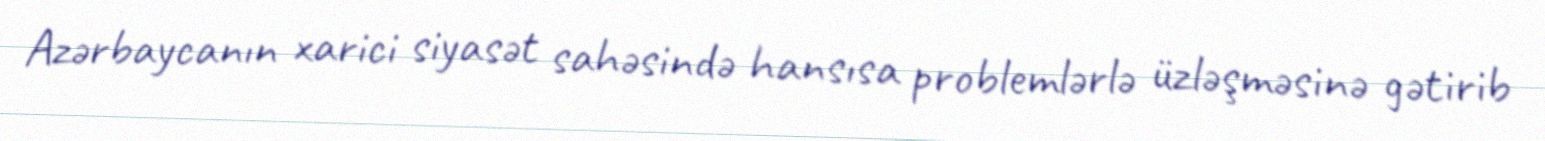
Azərbaycanın xarici siyasət sahəsində hansısa problemlərlə üzləşməsinə gətirib